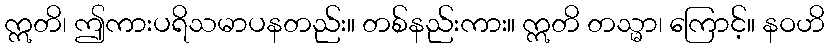
ဣတိ၊ ဤကားပရိသမာပနတည်း။ တစ်နည်းကား။ ဣတိ တသ္မာ၊ ကြောင့်။ နဝဟိ